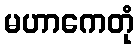
မဟာကေတုံ